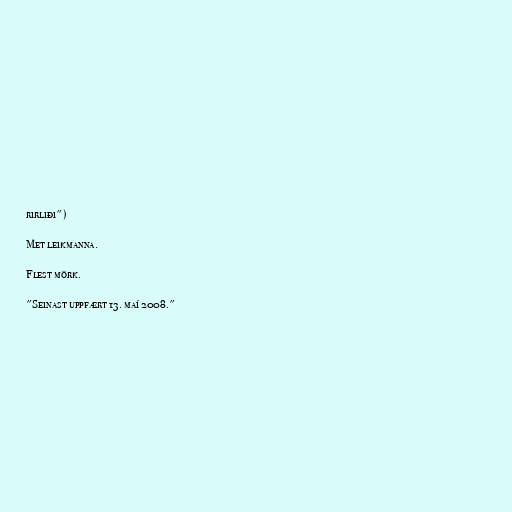
rirliði")

Met leikmanna.

Flest mörk.

"Seinast uppfært 13. maí 2008."